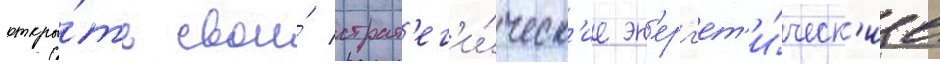
откры́ть свои́ страт'ег'и́ческ'ие эн'ерг'ет'и́ческ'ие